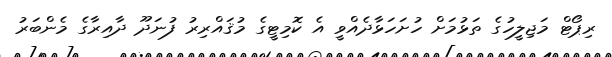
ރިޕޯޓް މަޖިލީހުގެ ތަޅުމަށް ހުށަހަޅާދެއްވީ އެ ކޮމިޓީގެ މުޤައްރިރު ފުނަދޫ ދާއިރާގެ މެންބަރު